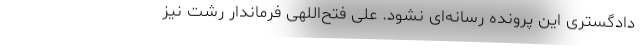
دادگستری این پرونده رسانه‌ای نشود. علی فتح‌اللهی فرماندار رشت نیز